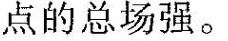
点的总场强。